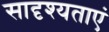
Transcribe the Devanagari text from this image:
सादृश्यताएं